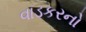
વાડકરનો